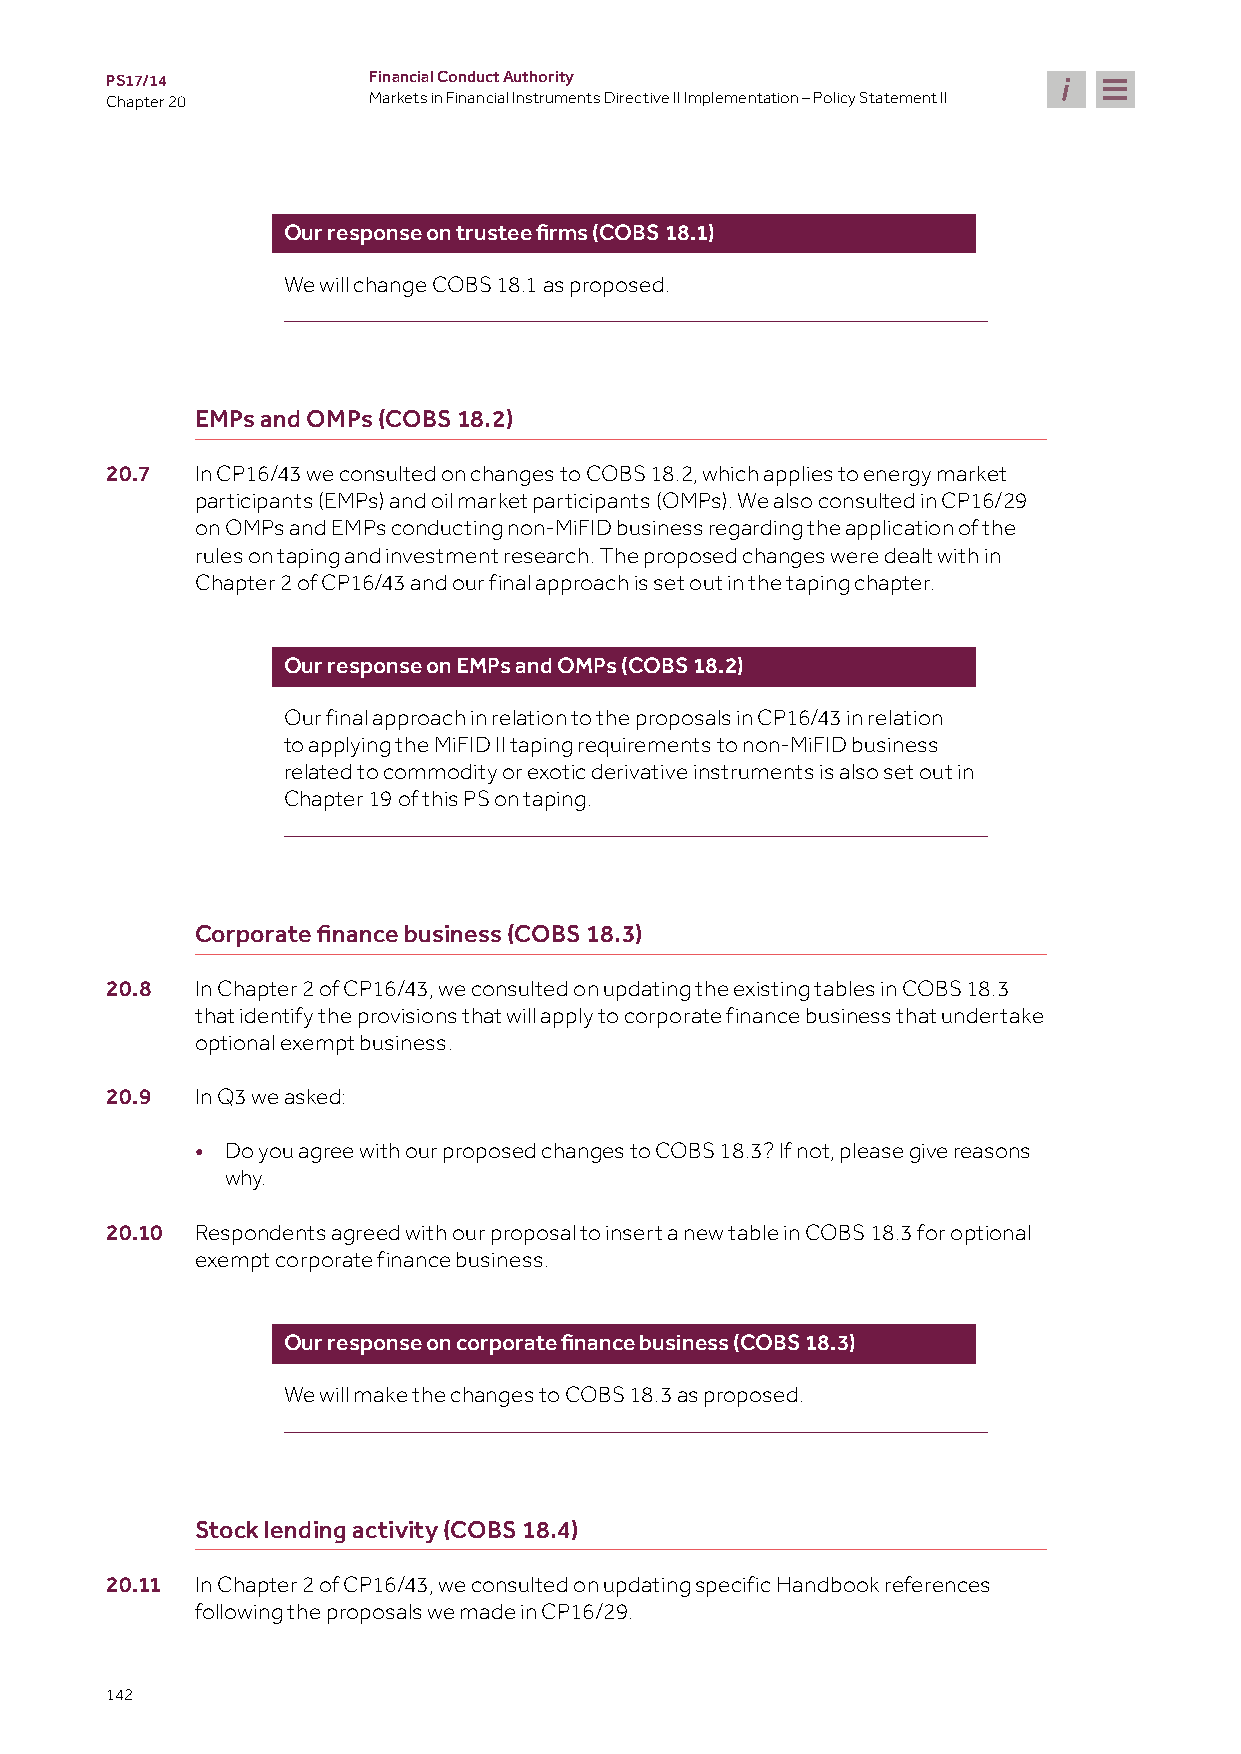
PS17/14          Financial Conduct Authority
 Chapter 20       Markets in Financial Instruments Directive II Implementation – Policy Statement II
 Our response on trustee firms (COBS 18.1)
 We will change COBS 18.1 as proposed.
 EMPs and OMPs (COBS 18.2)
 20.7  In CP16/43 we consulted on changes to COBS 18.2, which applies to energy market
 participants (EMPs) and oil market participants (OMPs). We also consulted in CP16/29
 on OMPs and EMPs conducting non-MiFID business regarding the application of the
 rules on taping and investment research. The proposed changes were dealt with in
 Chapter 2 of CP16/43 and our final approach is set out in the taping chapter.
 Our response on EMPs and OMPs (COBS 18.2)
 Our final approach in relation to the proposals in CP16/43 in relation
 to applying the MiFID II taping requirements to non-MiFID business
 related to commodity or exotic derivative instruments is also set out in
 Chapter 19 of this PS on taping.
 Corporate finance business (COBS 18.3)
 20.8  In Chapter 2 of CP16/43, we consulted on updating the existing tables in COBS 18.3
 that identify the provisions that will apply to corporate finance business that undertake
 optional exempt business.
 20.9  In Q3 we asked:
 • Do you agree with our proposed changes to COBS 18.3? If not, please give reasons
 why.
 20.10 Respondents agreed with our proposal to insert a new table in COBS 18.3 for optional
 exempt corporate finance business.
 Our response on corporate finance business (COBS 18.3)
 We will make the changes to COBS 18.3 as proposed.
 Stock lending activity (COBS 18.4)
 20.11 In Chapter 2 of CP16/43, we consulted on updating specific Handbook references
 following the proposals we made in CP16/29.
 142